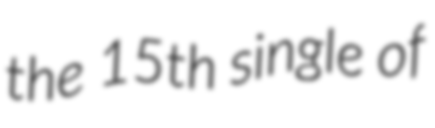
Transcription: the 15th single of